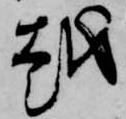
越